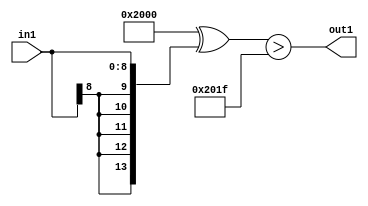
`timescale 1ps / 1ps
/*****************************************************************************
    Verilog RTL Description
    
    
    Created by: CellMath Designer 2019.1.01 
*******************************************************************************/

module float2fix_Gti31s9_1 (
	in1,
	out1
	); /* architecture "behavioural" */ 
input [8:0] in1;
output  out1;
wire  asc001;

assign asc001 = ((14'B10000000000000 ^ {{5{in1[8]}}, in1})>(14'B10000000000000 ^ 14'B00000000011111));

assign out1 = asc001;
endmodule

/* CADENCE  ubP2Qwg= : u9/ySgnWtBlWxVPRXgAZ4Og= ** DO NOT EDIT THIS LINE ******/